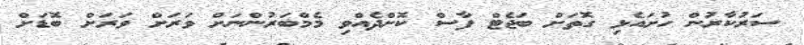
ސަރުކާރުން ހުށައެޅި ގޮތަށް ބަޖެޓް ފާސް ކޮށްދެެއްވި މެމްބަރުންނަށް ވަރަށް ވަރަށް ބޮޑަށް